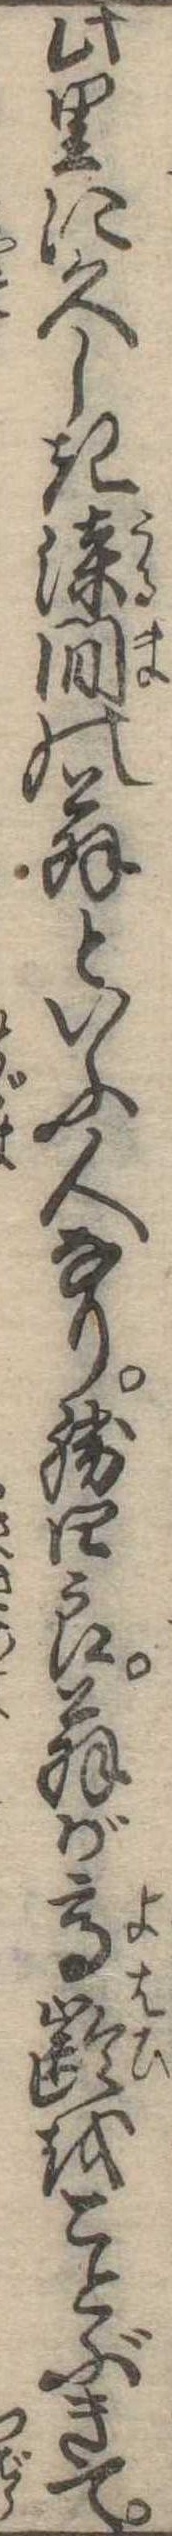
此里に久しき漆間の翁といふ人なり勝四郎翁が高齢をことぶきて